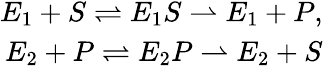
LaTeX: \begin{array}{r}{E_{1}+S\rightleftharpoons E_{1}S\rightharpoonup E_{1}+P,}\\ {E_{2}+P\rightleftharpoons E_{2}P\rightharpoonup E_{2}+S}\end{array}